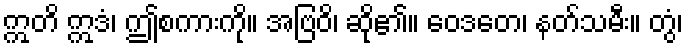
ဣတိ ဣဒံ၊ ဤစကားကို။ အဗြဝိ၊ ဆို၏။ ဝေဒတေ၊ နတ်သမီး။ တွံ၊